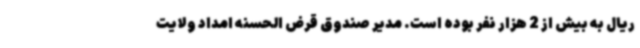
ریال به بیش از 2 هزار نفر بوده است. مدیر صندوق قرض الحسنه امداد ولایت